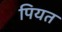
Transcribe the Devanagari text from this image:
पियत